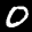
Digit: 0